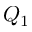
Q _ { 1 }